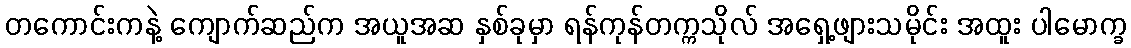
တကောင်းကနဲ့ ကျောက်ဆည်က အယူအဆ နှစ်ခုမှာ ရန်ကုန်တက္ကသိုလ် အရှေ့ဖျားသမိုင်း အထူး ပါမောက္ခ